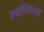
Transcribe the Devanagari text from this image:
एशोशिएशन